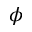
\phi